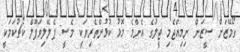
ގޯމޭޒަށް ސީޒަން ނިމިއްޖެމި ޖީލުގެ އެންމެ މޮޅު ކުޅުންތެރިޔަކީ މެސީ: ޕެލޭލިވަޕޫލް ކޯޗުކަމަކީ